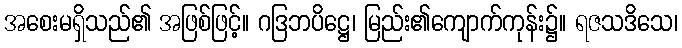
အစေးမရှိသည်၏ အဖြစ်ဖြင့်။ ဂဒြဘပိဋ္ဌေ၊ မြည်း၏ကျောက်ကုန်း၌။ ရဇသဒိသေ၊